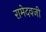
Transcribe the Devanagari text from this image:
रामेदवजी